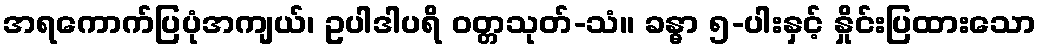
အရကောက်ပြပုံအကျယ်၊ ဥပါဒါပရိ ဝတ္တသုတ်-သံ။ ခန္ဓာ ၅-ပါးနှင့် နှိုင်းပြထားသော